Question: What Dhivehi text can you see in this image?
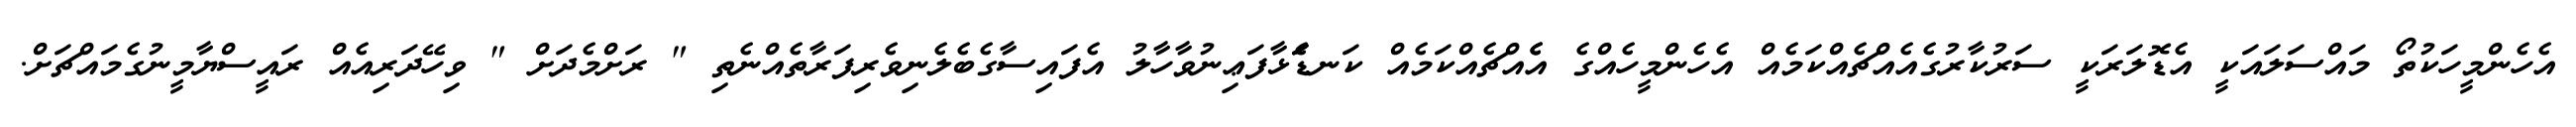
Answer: އެހެންމީހަކުތޯ މައްސަލައަކީ އެޑޮލަރަކީ ސަރުކާރުގެއެއްޗެއްކަމެއް އެހެންމީހެއްގެ އެެއްޗެއްކަމެއް ކަނޑަެަޅާފަޢިނުވާހާލު އެފައިސާގެބެލެނިވެރިފަރާތެއްނެތި " ރަށްމެދަށް " ވިހޭދަރިއެއް ރައީސްޔާމީނުގެމައްޗަށް.